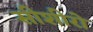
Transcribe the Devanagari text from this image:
सीशीरो